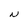
Character: N